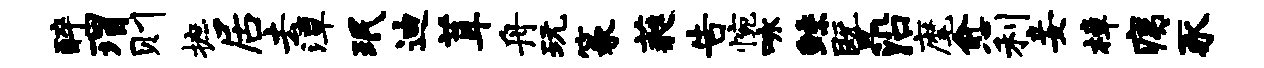
醉瑁则摭居去潭珉迪茸舟玩篆蕤告惋咏鲧暨沿麾愈利妾樟痍豕